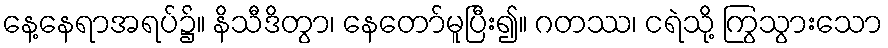
နေ့နေရာအရပ်၌။ နိသီဒိတွာ၊ နေတော်မူပြီး၍။ ဂတဿ၊ ငရဲသို့ ကြွသွားသော